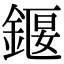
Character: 䤷